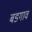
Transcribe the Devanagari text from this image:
बडगाव